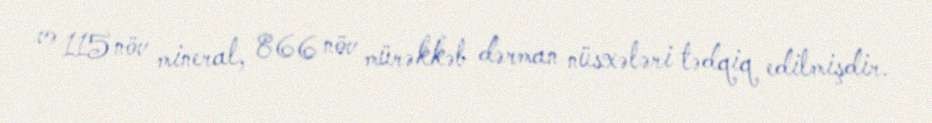
və 115 növ mineral, 866 növ mürəkkəb dərman nüsxələri tədqiq edilmişdir.